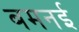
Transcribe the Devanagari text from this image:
बमनई